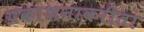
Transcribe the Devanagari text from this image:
प्रकाशनाकरीता